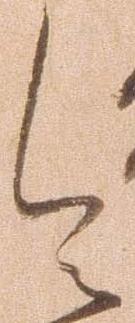
令